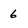
Character: 6